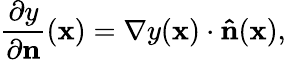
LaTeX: {\frac{\partial y}{\partial\mathbf{n}}}(\mathbf{x})=\nabla y(\mathbf{x})\cdot\mathbf{\hat{n}}(\mathbf{x}),